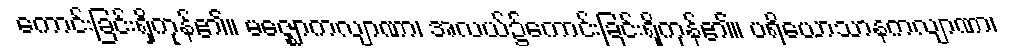
ကောင်းခြင်းရှိကုန်၏။ မဇ္ဈောကလျာဏာ၊ အလယ်၌ကောင်းခြင်းရှိကုန်၏။ ပရိယောသာနကလျာဏာ၊